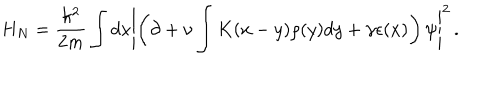
H _ { N } = \frac { \hbar ^ { 2 } } { 2 m } \int d x \left\vert \left( \partial + \nu \int K ( x - y ) \rho ( y ) d y + \gamma \epsilon ( x ) \right) \psi \right\vert ^ { 2 } \, .